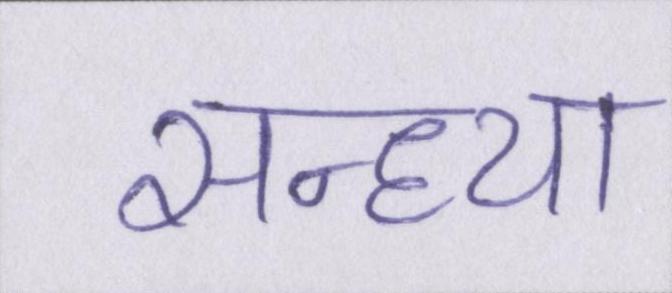
सन्ध्या